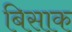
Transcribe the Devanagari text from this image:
बिसाक